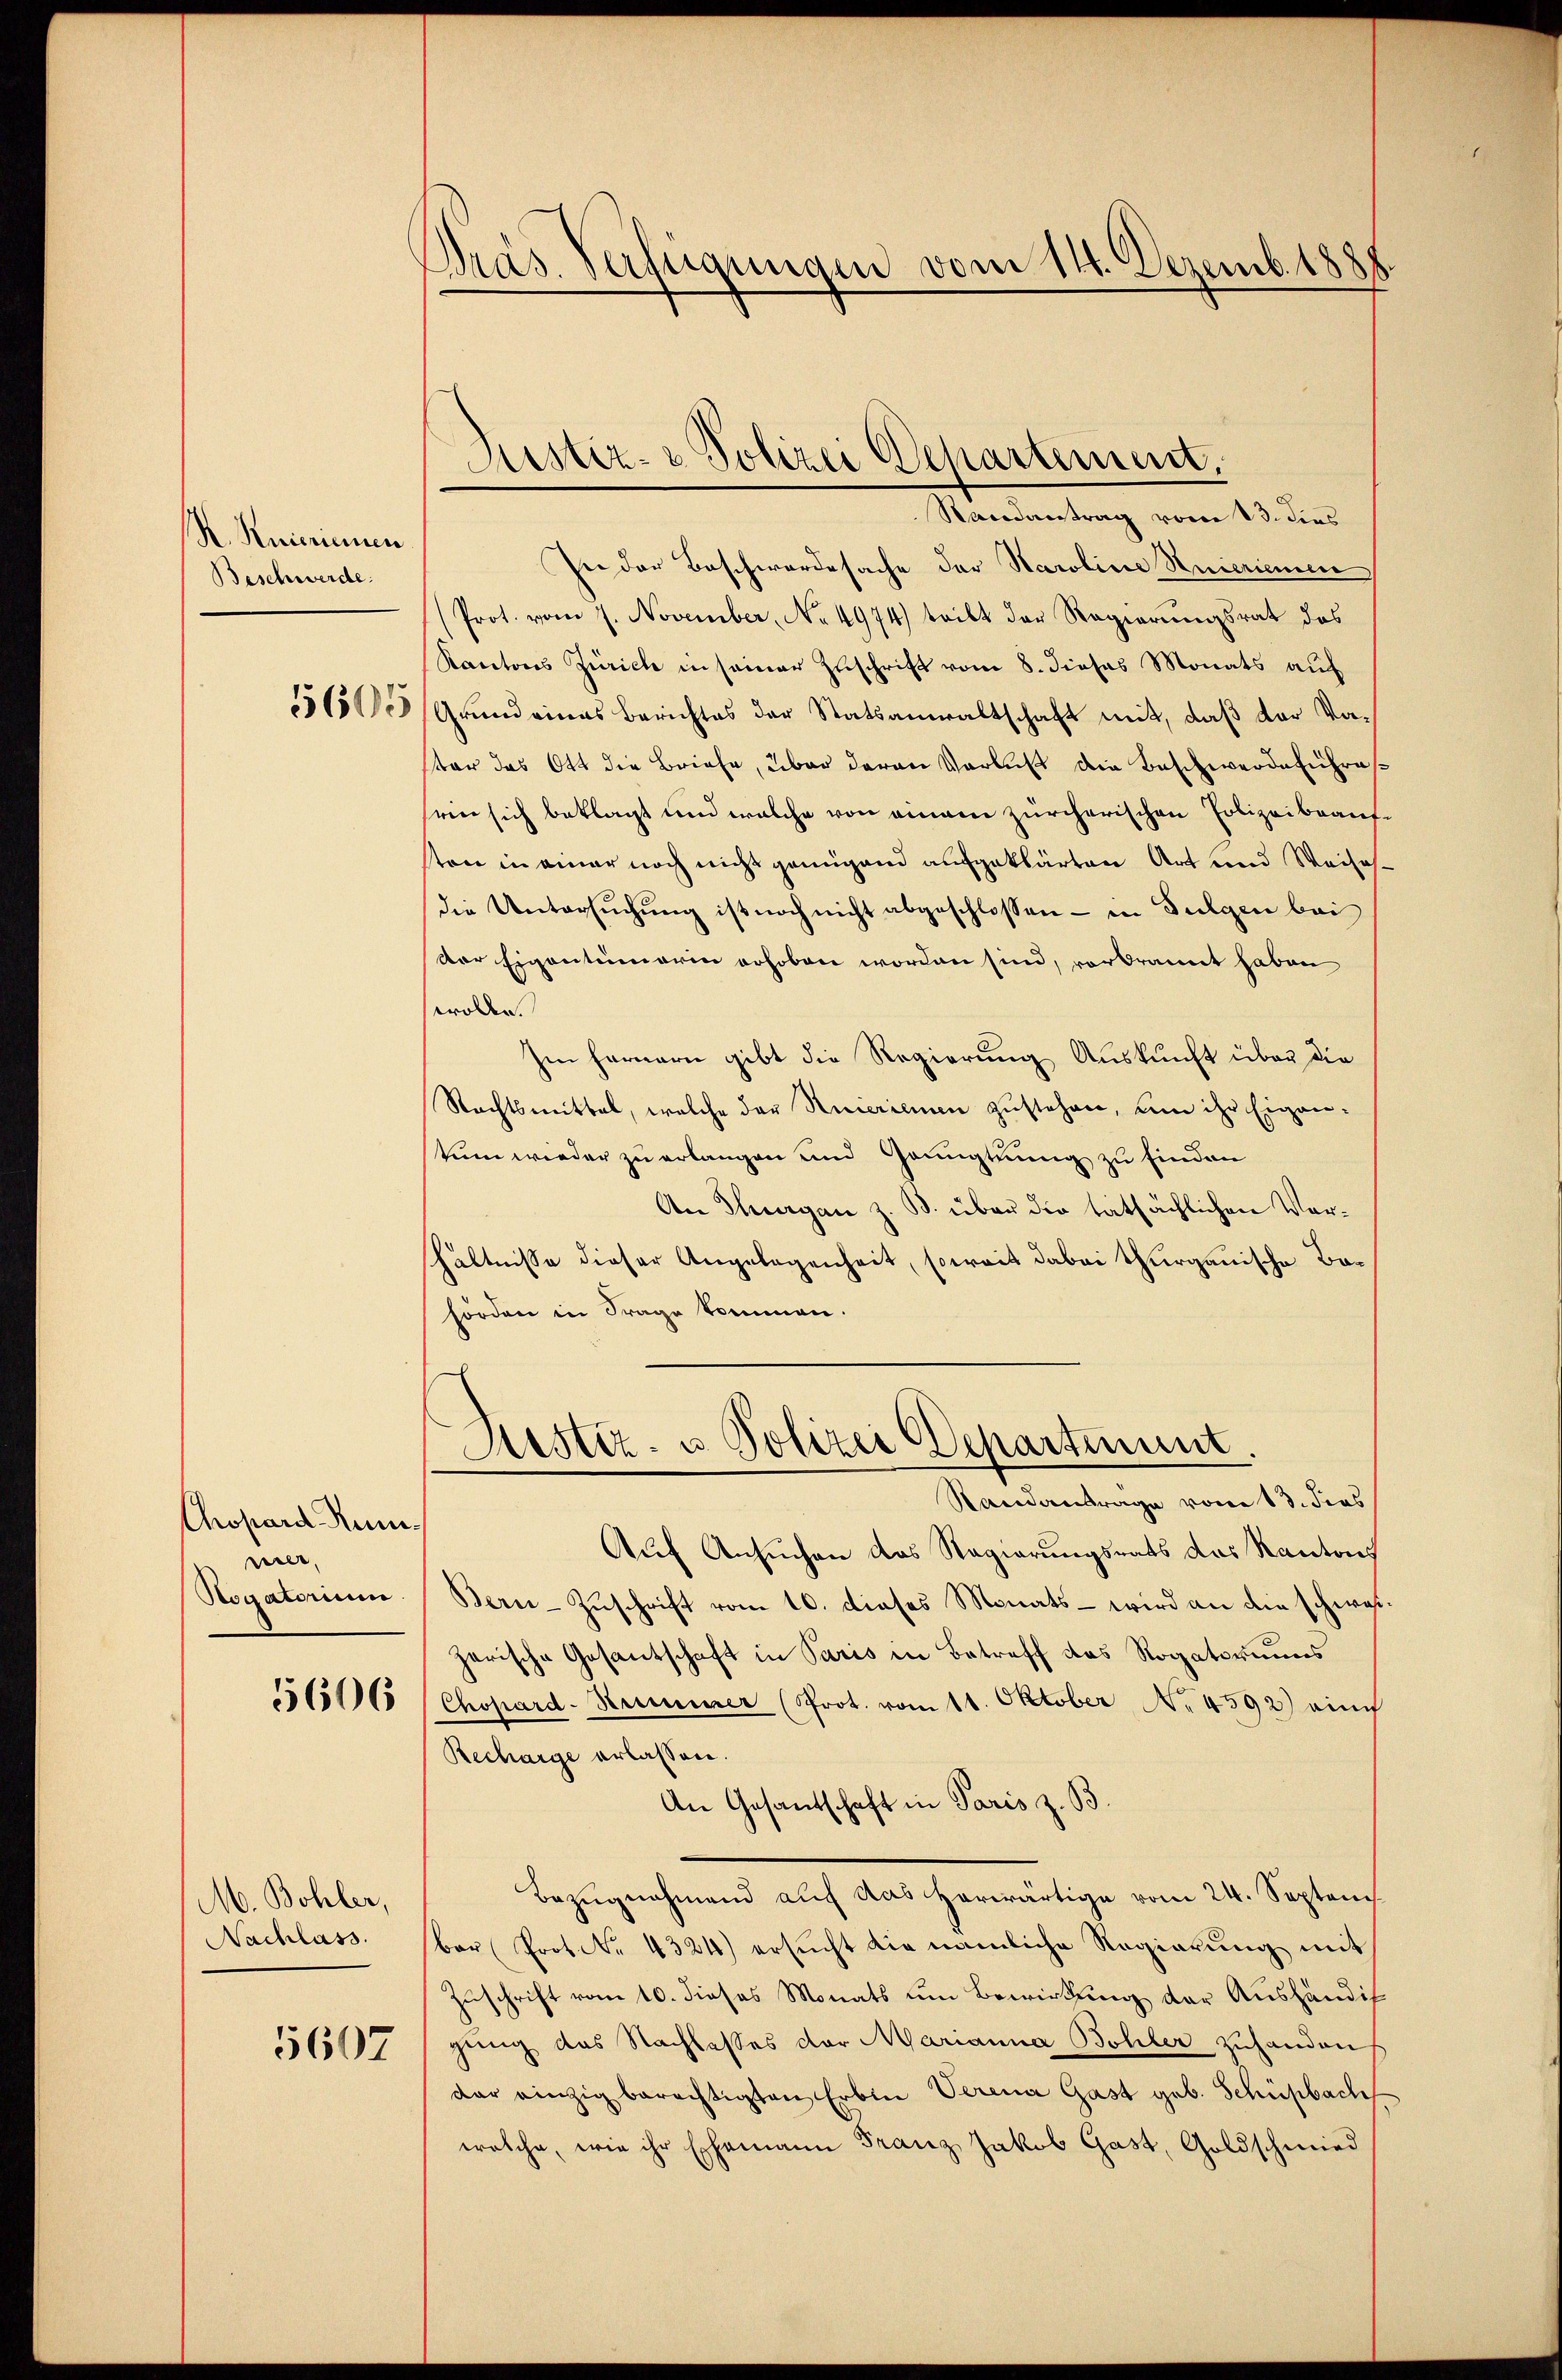
K. Knierinnen.
Beschwerde.
5605

Costand Reinner,
Rogatorium

5606

M. Bohler,
Nachlass.

5607

Präs. Verfügungen vom 11. Dezemb. 188

Justiz- & Polizei Departement.

Nandantrag vom 13. dies
In der Beschwerdesache der Karoline Knierinnen
(Prot. vom 7. November, No 4974) tritt der Regierungsrat das
Rantons Zürich in seiner Zuschrift vom 8. dieses Monats auf
Grundeines Berichtes der Statsanwaltschaft mit, daß der Vatar das Ott die Briefe, über deren Verlust die Beschwerdeführesseine sich beklagt und welche von einem zürcherischen Polizeibeauftree in einer noch nicht genügend aufgeklärten Art und Weisesdie Untersuchung ist noch nicht abgeschlossen - in Sulgen bei
der Eigentümerin erhoben worden sind, vorbrannt haben
wollen.
Im fernern gibt die Regierung Auskunft über die
Rechtsmittal, welche der Amerien zustehen, um ihr Eigen-
stum wieder zu erlangen und Gaugtuung zu finden
An Thurgau z. B. über die tatsächlichen Vorhältnisse dieser Angelegenheit, soweit dabei Thurgauische Bahörden in Frage kommen.
Sistiz- u. Polizei Departiment.
Standantrage vom 13. dies
Auf Ansuchen das Regierungsrats das Kantons
Bern-Zuschrift vom 10. dieses Monats – wird an die schweizarische Gesantschaft in Paris in Betreff das Rogatoriums
Chopard-Kummer (Prot. vom 11. Oktober No. 4592) auch
Recharge erlassen.
An Gesandschaft in Paris z. B.
Bezugnahmend auf das herwärtige vom 24. September Prot. N. 4324) ersucht die nämliche Regierung mit
Zuschrift vom 10. dieses Monats um Bewirkung der Aushändig
gung des Nachlasses der Marianna Bohler zuhanden
dar einzig berechtigten Erben Verena Gast geb. Schüpbach
welche, wie ihr Ehemann Franz Jakob Gast, Goldschmied